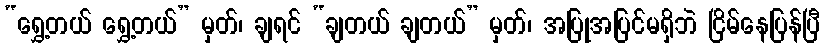
“ရွှေ့တယ် ရွှေ့တယ်” မှတ်၊ ချရင် “ချတယ် ချတယ်” မှတ်၊ အပြုအပြင်မရှိဘဲ ငြိမ်နေပြန်ပြီ